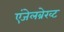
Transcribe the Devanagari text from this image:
एंजेलब्रेख्ट